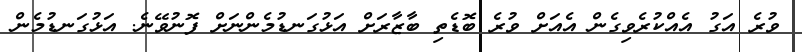
ވުރެ އަގު އެއްކުރެވިގެން އެއަށް ވުރެ ބޮޑެތި ބާޒާރަށް އަޅުގަނޑުމެންނަށް ފޮނުވޭނެ. އަޅުގަނޑުމެން